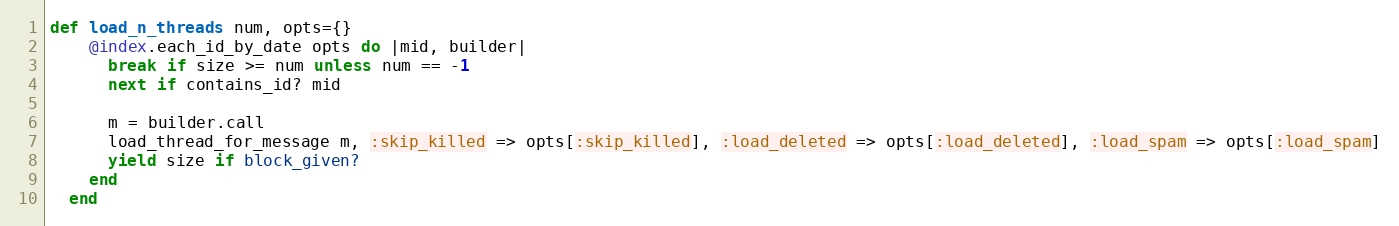
Language: Ruby
def load_n_threads num, opts={}
    @index.each_id_by_date opts do |mid, builder|
      break if size >= num unless num == -1
      next if contains_id? mid

      m = builder.call
      load_thread_for_message m, :skip_killed => opts[:skip_killed], :load_deleted => opts[:load_deleted], :load_spam => opts[:load_spam]
      yield size if block_given?
    end
  end